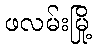
ဖလမ်းမြို့